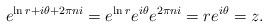
LaTeX: \begin{align*}e^{\ln r + i\theta + 2\pi n i} = e^{\ln r} e^{i\theta} e^{2\pi n i} = r e^{i\theta} = z.\end{align*}